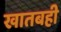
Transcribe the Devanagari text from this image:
खातबही